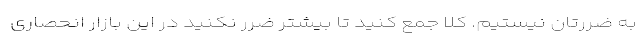
به ضررتان نیستیم. کلا جمع کنید تا بیشتر ضرر نکنید در این بازار انحصاری